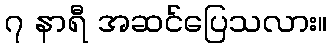
၇ နာရီ အဆင်ပြေသလား။